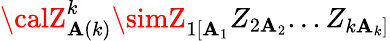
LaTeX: {\calZ}_{\mathbf{A}(k)}^{k}\simZ_{1[\mathbf{A}_{1}}Z_{2\mathbf{A}_{2}}...Z_{k\mathbf{A}_{k}]}